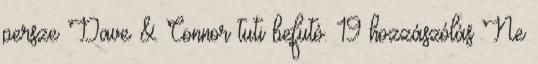
persze Dave & Connor tuti befutó. 19 hozzászólás Ne